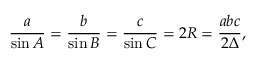
{ \frac { a } { \sin A } } = { \frac { b } { \sin B } } = { \frac { c } { \sin C } } = 2 R = { \frac { a b c } { 2 \Delta } } ,